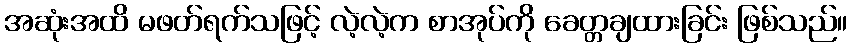
အဆုံးအထိ မဖတ်ရက်သဖြင့် လဲ့လဲ့က စာအုပ်ကို ခေတ္တချထားခြင်း ဖြစ်သည်။